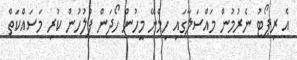
އެ ރިޕޯޓު ނެރުމުން މައްސަލާގައި ހިމެނޭ މީހުން ހޯދަން ފުލުހުން ކުރި މަސައްކަތް